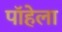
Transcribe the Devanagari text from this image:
पॉहेला